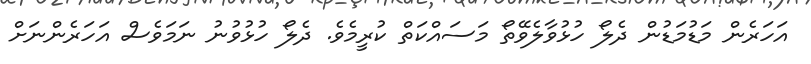
އަހަރެން މަޑުމަޑުން ދެލޯ ހުޅުވާލެވޭތޯ މަސައްކަތް ކުރީމެވެ. ދެލޯ ހުޅުވުނު ނަމަވެސް އަހަރެންނަށް